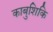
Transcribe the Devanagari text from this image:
काबुशिकि